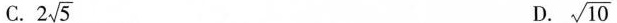
C. $$ 2 \sqrt{5} $$ D. $$ \sqrt{10} $$